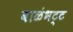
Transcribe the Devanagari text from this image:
बाळंभट्ट